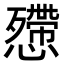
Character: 𢤔